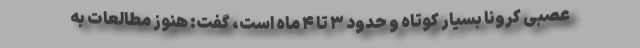
عصبی کرونا بسیار کوتاه و حدود ۳ تا ۴ ماه است، گفت: هنوز مطالعات به